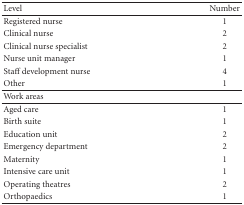
<table><thead><tr><td><b>Level</b></td><td><b>Number</b></td></tr></thead><tbody><tr><td>Registered nurse</td><td>1</td></tr><tr><td>Clinical nurse</td><td>2</td></tr><tr><td>Clinical nurse specialist</td><td>2</td></tr><tr><td>Nurse unit manager</td><td>1</td></tr><tr><td>Staff development nurse</td><td>4</td></tr><tr><td>Other</td><td>1</td></tr><tr><td>Work areas</td><td></td></tr><tr><td>Aged care</td><td>1</td></tr><tr><td>Birth suite</td><td>1</td></tr><tr><td>Education unit</td><td>2</td></tr><tr><td>Emergency department</td><td>2</td></tr><tr><td>Maternity</td><td>1</td></tr><tr><td>Intensive care unit</td><td>1</td></tr><tr><td>Operating theatres</td><td>2</td></tr><tr><td>Orthopaedics</td><td>1</td></tr></tbody></table>